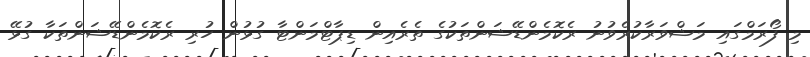
މި ފޯރަމްގައި މަޝްވަރާކުރެވުނު ރެކޮމެންޑޭޝަންތަކުގެ ތެރެއިން ޑިޕާޓްމަންޓާ ގުޅުން ހުރި ރެކޮމެންޑޭޝަންތަކާ ގުޅޭ